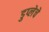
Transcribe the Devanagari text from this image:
डुप्लेचे